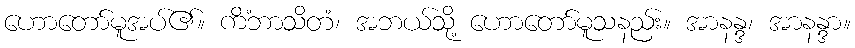
ဟောတော်မူအပ်၏။ ကိံဘာသိတံ၊ အဘယ်သို့ ဟောတော်မူသနည်း။ အာနန္ဒ၊ အာနန္ဒာ။